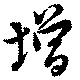
増